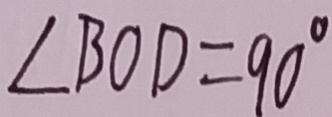
\angle B O D = 9 0 ^ { \circ }